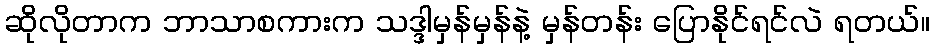
ဆိုလိုတာက ဘာသာစကားက သဒ္ဒါမှန်မှန်နဲ့ မှန်တန်း ပြောနိုင်ရင်လဲ ရတယ်။